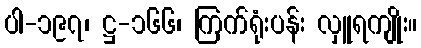
ပါ-၁၉၇၊ ဋ္ဌ-၁၆၆၊ ကြက်ရုံးပန်း လှူရကျိုး။